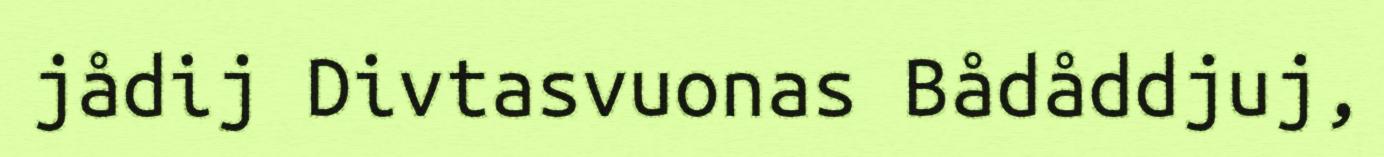
jådij Divtasvuonas Bådåddjuj,